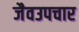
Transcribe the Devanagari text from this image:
जैवउपचार